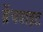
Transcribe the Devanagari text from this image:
ब्रॅथवाइट